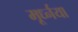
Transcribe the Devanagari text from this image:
मूर्ध्नया